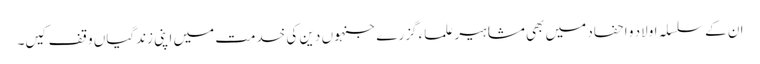
ان کے سلسلہ اولاد و احفاد میں بھی مشاہیر علماء گزرے جنہوں دین کی خدمت میں اپنی زندگیاں وقف کیں۔